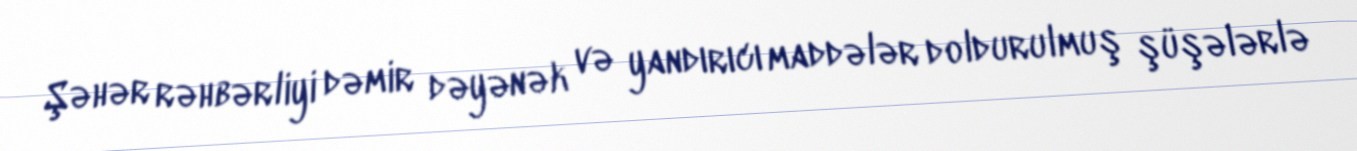
Şəhər rəhbərliyi dəmir dəyənək və yandırıcı maddələr doldurulmuş şüşələrlə